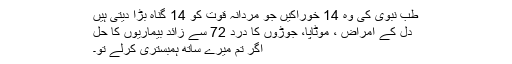
طب نبوی کی وہ 14 خوراکیں جو مردانہ قوت کو 14 گناہ بڑا دیتی ہیں
دل کے امراض ، موٹاپا، جوڑوں کا درد 72 سے زائد بیماریوں کا حل
اگر تم میرے ساتھ ہمبستری کرلے تو۔